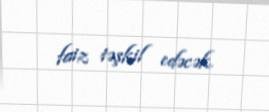
faiz təşkil edəcək.